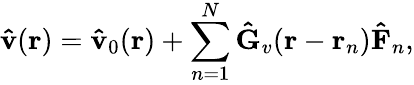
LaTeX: \mathbf{\hat{v}}(\mathbf{r})=\mathbf{\hat{v}}_{0}(\mathbf{r})+\sum_{n=1}^{N}\mathbf{\hat{G}}_{v}(\mathbf{r}-\mathbf{r}_{n})\mathbf{\hat{F}}_{n},